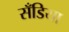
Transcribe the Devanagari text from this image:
सँडिया